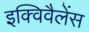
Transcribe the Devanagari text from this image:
इक्विवैलेंस